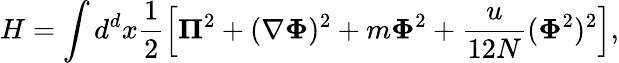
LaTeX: H=\int d^{d}x\frac{1}{2}\left[\boldsymbol{\Pi}^{2}+(\nabla\boldsymbol{\Phi})^{2}+m\boldsymbol{\Phi}^{2}+\frac{u}{12N}(\boldsymbol{\Phi}^{2})^{2}\right],